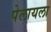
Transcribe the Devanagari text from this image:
पेलायला